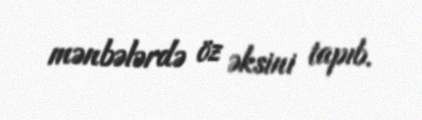
mənbələrdə öz əksini tapıb.